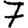
Digit: 7